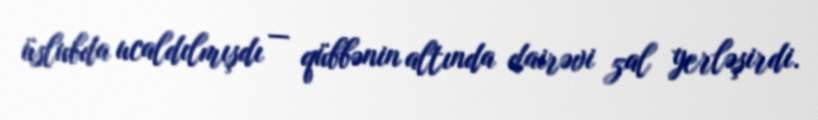
üslubda ucaldılmışdı — qübbənin altında dairəvi zal yerləşirdi.